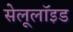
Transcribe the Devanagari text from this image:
सेलूलॉइड